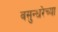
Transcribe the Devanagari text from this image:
वसुन्धरेच्या